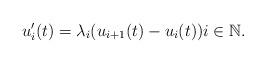
LaTeX: \begin{align*}u_i'(t)=\lambda_i(u_{i+1}(t)-u_i(t))i\in\mathbb{N}.\end{align*}